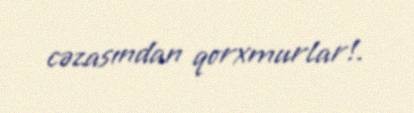
cəzasından qorxmurlar!.